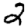
Digit: 2